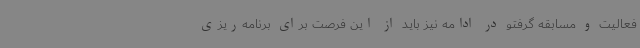
فعالیت و مسابقه گرفتو در ادامه نیز باید از این فرصت برای برنامه‌ریزی